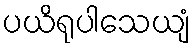
ပယိရုပါသေယျံ